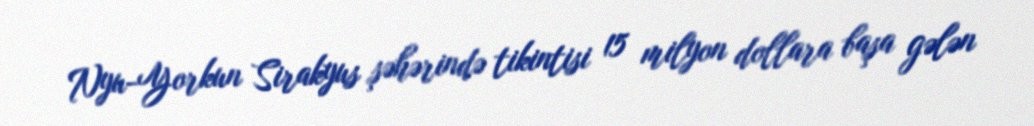
Nyu-Yorkun Sirakyus şəhərində tikintisi 15 milyon dollara başa gələn